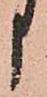
申